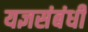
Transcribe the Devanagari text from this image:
यज्ञसंबंधी